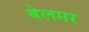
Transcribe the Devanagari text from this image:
बेलमर